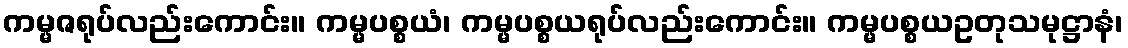
ကမ္မဇရုပ်လည်းကောင်း။ ကမ္မပစ္စယံ၊ ကမ္မပစ္စယရုပ်လည်းကောင်း။ ကမ္မပစ္စယဥတုသမုဋ္ဌာနံ၊